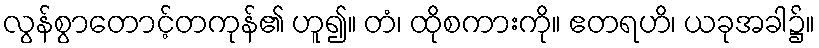
လွန်စွာတောင့်တကုန်၏ ဟူ၍။ တံ၊ ထိုစကားကို။ ဧတရဟိ၊ ယခုအခါ၌။